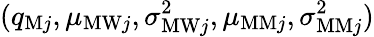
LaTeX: (q_{\mathrm{M}j},\mu_{\mathrm{MW}j},\sigma_{\mathrm{MW}j}^{2},\mu_{\mathrm{MM}j},\sigma_{\mathrm{MM}j}^{2})